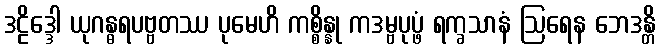
ဒဠိဒ္ဒေါ ယုဂန္ဓရပဗ္ဗတဿ ပုမေဟိ ကစ္စိန္နု ကဒမ္ဗပုပ္ဖံ ရက္ခသာနံ ဩရေန ဘေဒန္တိ